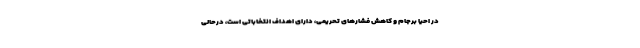
در احیا برجام و کاهش فشارهای تحریمی، دارای اهداف انتخاباتی است، درحالی